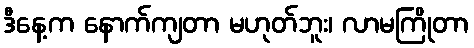
ဒီနေ့က နောက်ကျတာ မဟုတ်ဘူး၊ လာမကြိုတာ